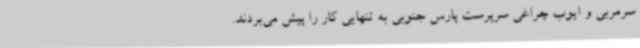
سرمربی و ایوب چراغی سرپرست پارس جنوبی به تنهایی کار را پیش می‌بردند.